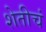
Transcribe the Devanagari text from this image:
शेतीचं